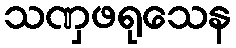
သဏှဖရုသေန